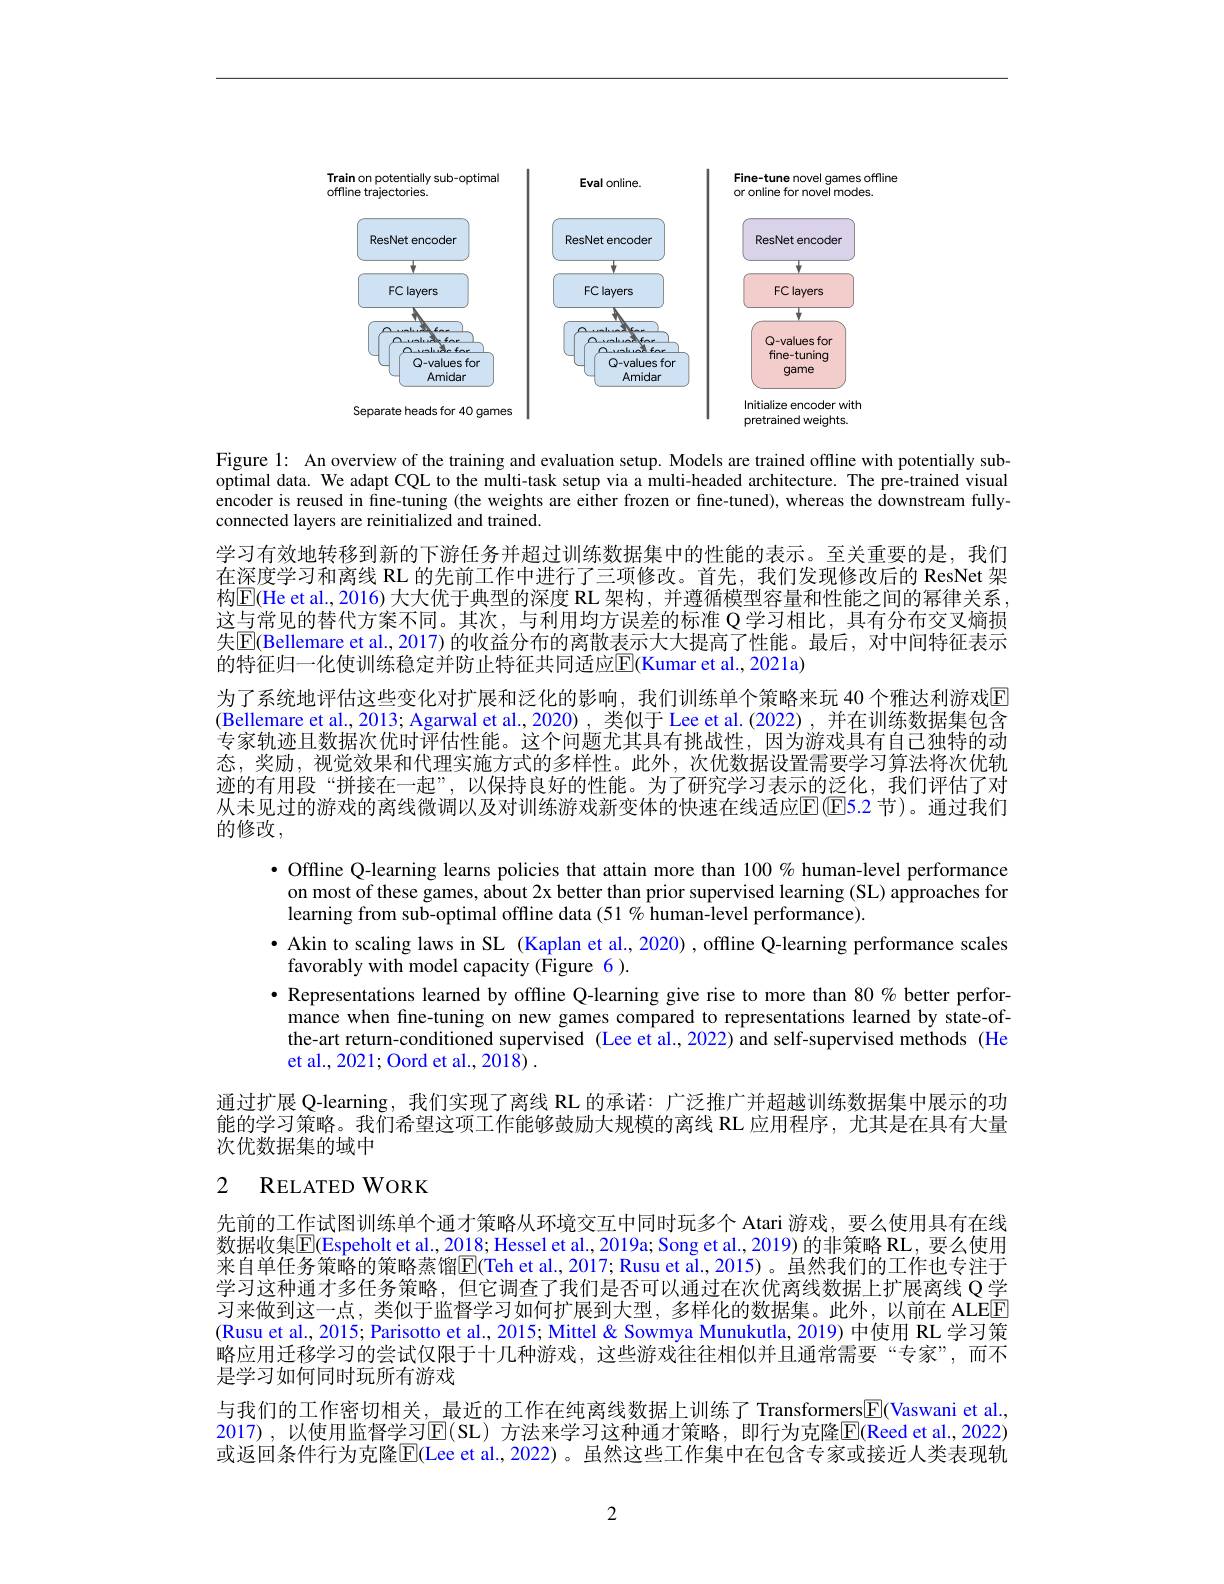
<FigureHere>

Figure 1: An overview of the training and evaluation setup. Models are trained offline with potentially suboptimal data. We adapt CQL to the multi-task setup via a multi-headed architecture. The pre-trained visual encoder is reused in fine-tuning (the weights are either frozen or fine-tuned), whereas the downstream fullyconnected layers are reinitialized and trained.

学习有效地转移到新的下游任务并超过训练数据集中的性能的表示。至关重要的是，我们在深度学习和离线 RL 的先前工作中进行了三项修改。首先，我们发现修改后的 ResNet 架构$\mathbb{E}($He et al, 2016) 大大优于典型的深度 RL 架构 , 并遵循模型容量和性能之间的幂律关系， 这与常见的替代方案不同。其次，与利用均方误差的标准 Q 学习相比，具有分布交叉熵损失$\overline{\mathbb{E}}$(Bellemare et al., 2017) 的收益分布的离散表示大大提高了性能。最后，对中间特征表示的特征归一化使训练稳定并防止特征共同适应$\overline{\mathrm{E}}($Kumar et al., 2021a)
为了系统地评估这些变化对扩展和泛化的影响，我们训练单个策略来玩 40 个雅达利游戏$\color{red}{\mathrm{E}}$ (Bellemare et al., 2013; Agarwal et al., 2020), 类似于 Lee et al.(2022), 并在训练数据集包含专家轨迹且数据次优时评估性能。这个问题尤其具有挑战性，因为游戏具有自己独特的动态，奖励，视觉效果和代理实施方式的多样性。此外，次优数据设置需要学习算法将次优轨迹的有用段“拼接在一起”,以保持良好的性能。为了研究学习表示的泛化，我们评估了对从末见过的游戏的离线微调以及对训练游戏新变体的快速在线适应$\mathbb{E}($E5.2 节)。通过我们的修改，

· Offline Q-learning learns policies that attain more than $100\%$ human-level performance on most of these games, about 2x better than prior supervised learning (SL) approaches for learning from sub-optimal offline data (51 % human-level performance).
·Akin to scaling laws in SL (Kaplan et al., 2020) , offline Q-learning performance scales
favorably with model capacity (Figure 6).
· Representations learned by offline Q-learning give rise to more than 80% better performance when fine-tuning on new games compared to representations learned by state-ofthe-art return-conditioned supervised (Lee et al.,2022) and self-supervised methods (He et al., 2021; Oord et al., 2018) .
通过扩展 Q-learning, 我们实现了离线 RL 的承诺：广泛推广并超越训练数据集中展示的功能的学习策略。我们希望这项工作能够鼓励大规模的离线 RL 应用程序，尤其是在具有大量次优数据集的域中
2 RELATED WORK
先前的工作试图训练单个通才策略从环境交互中同时玩多个 Atari 游戏，要么使用具有在线数据收集$\overline{\mathbb{E}}($Espeholt et al., 2018; Hessel et al., 2019a; Song et al., 2019) 的非策略 RL, 要么使用来自单任务策略的策略蒸馏$\overline{\mathrm{E}}($Teh et al., 2017; Rusu et al., 2015)。虽然我们的工作也专注于学习这种通才多任务策略，但它调查了我们是否可以通过在次优离线数据上扩展离线 Q 学习来做到这一点，类似于监督学习如何扩展到大型，多样化的数据集。此外，以前在 ALEE (Rusu et al., 2015; Parisotto et al., 2015; Mittel& Sowmya Munukutla, 2019) 中使用 RL 学习策略应用迁移学习的尝试仅限于十几种游戏，这些游戏往往相似并且通常需要“专家”,而不是学习如何同时玩所有游戏
与我们的工作密切相关，\_最近的工作在纯离线数据上训练了 Transformers$\boxed{\mathrm{F}}($Vaswani et al., 2017) ,以使用监督学习$\boxed{\mathbb{E}}(\operatorname{SL})$ 方法来学习这种通才策略，即行为克隆$\boxed{\mathbb{E}}($Reed et al.,2022) 或返回条件行为克隆$\overline{\mathrm{E}}($Lee et al., 2022)。虽然这些工作集中在包含专家或接近人类表现轨

2